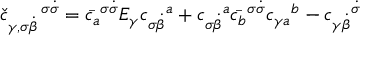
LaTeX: { \check { c } } _ { \gamma , \sigma \dot { \beta } } ^ { \enspace \enspace \enspace \, \sigma \dot { \sigma } } = \bar { c _ { a } } ^ { \sigma \dot { \sigma } } E _ { \gamma } { c _ { \sigma \dot { \beta } } } ^ { a } + { c _ { \sigma \dot { \beta } } } ^ { a } \bar { c _ { b } } ^ { \sigma \dot { \sigma } } { c _ { \gamma a } } ^ { b } - { c _ { \gamma \dot { \beta } } } ^ { \dot { \sigma } }